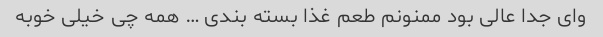
وای جدا عالی بود ممنونم طعم غذا بسته بندی … همه چی خیلی خوبه